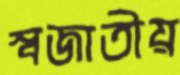
স্বজাতীয়